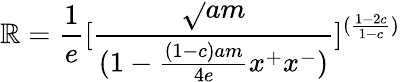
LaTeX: \mathbb{R}={\frac{{1}}{{e}}}[{\frac{{\sqrt{}{{am}}}}{{(1-{\frac{{(1-c)am}}{{4e}}}x^{+}x^{-})}}}]^{({\frac{{1-2c}}{{1-c}}})}